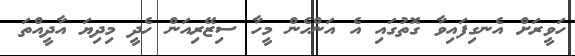
ހަވީރަށް އެނގިފައިވާ ގޮތުގައި އެ އަންހެން މީހާ ސިޒޭރިއަން ހެދީ މިދިޔަ އާދީއްތަ